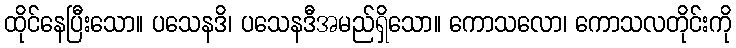
ထိုင်နေပြီးသော။ ပသေနဒိ၊ ပသေနဒီအမည်ရှိသော။ ကောသလော၊ ကောသလတိုင်းကို